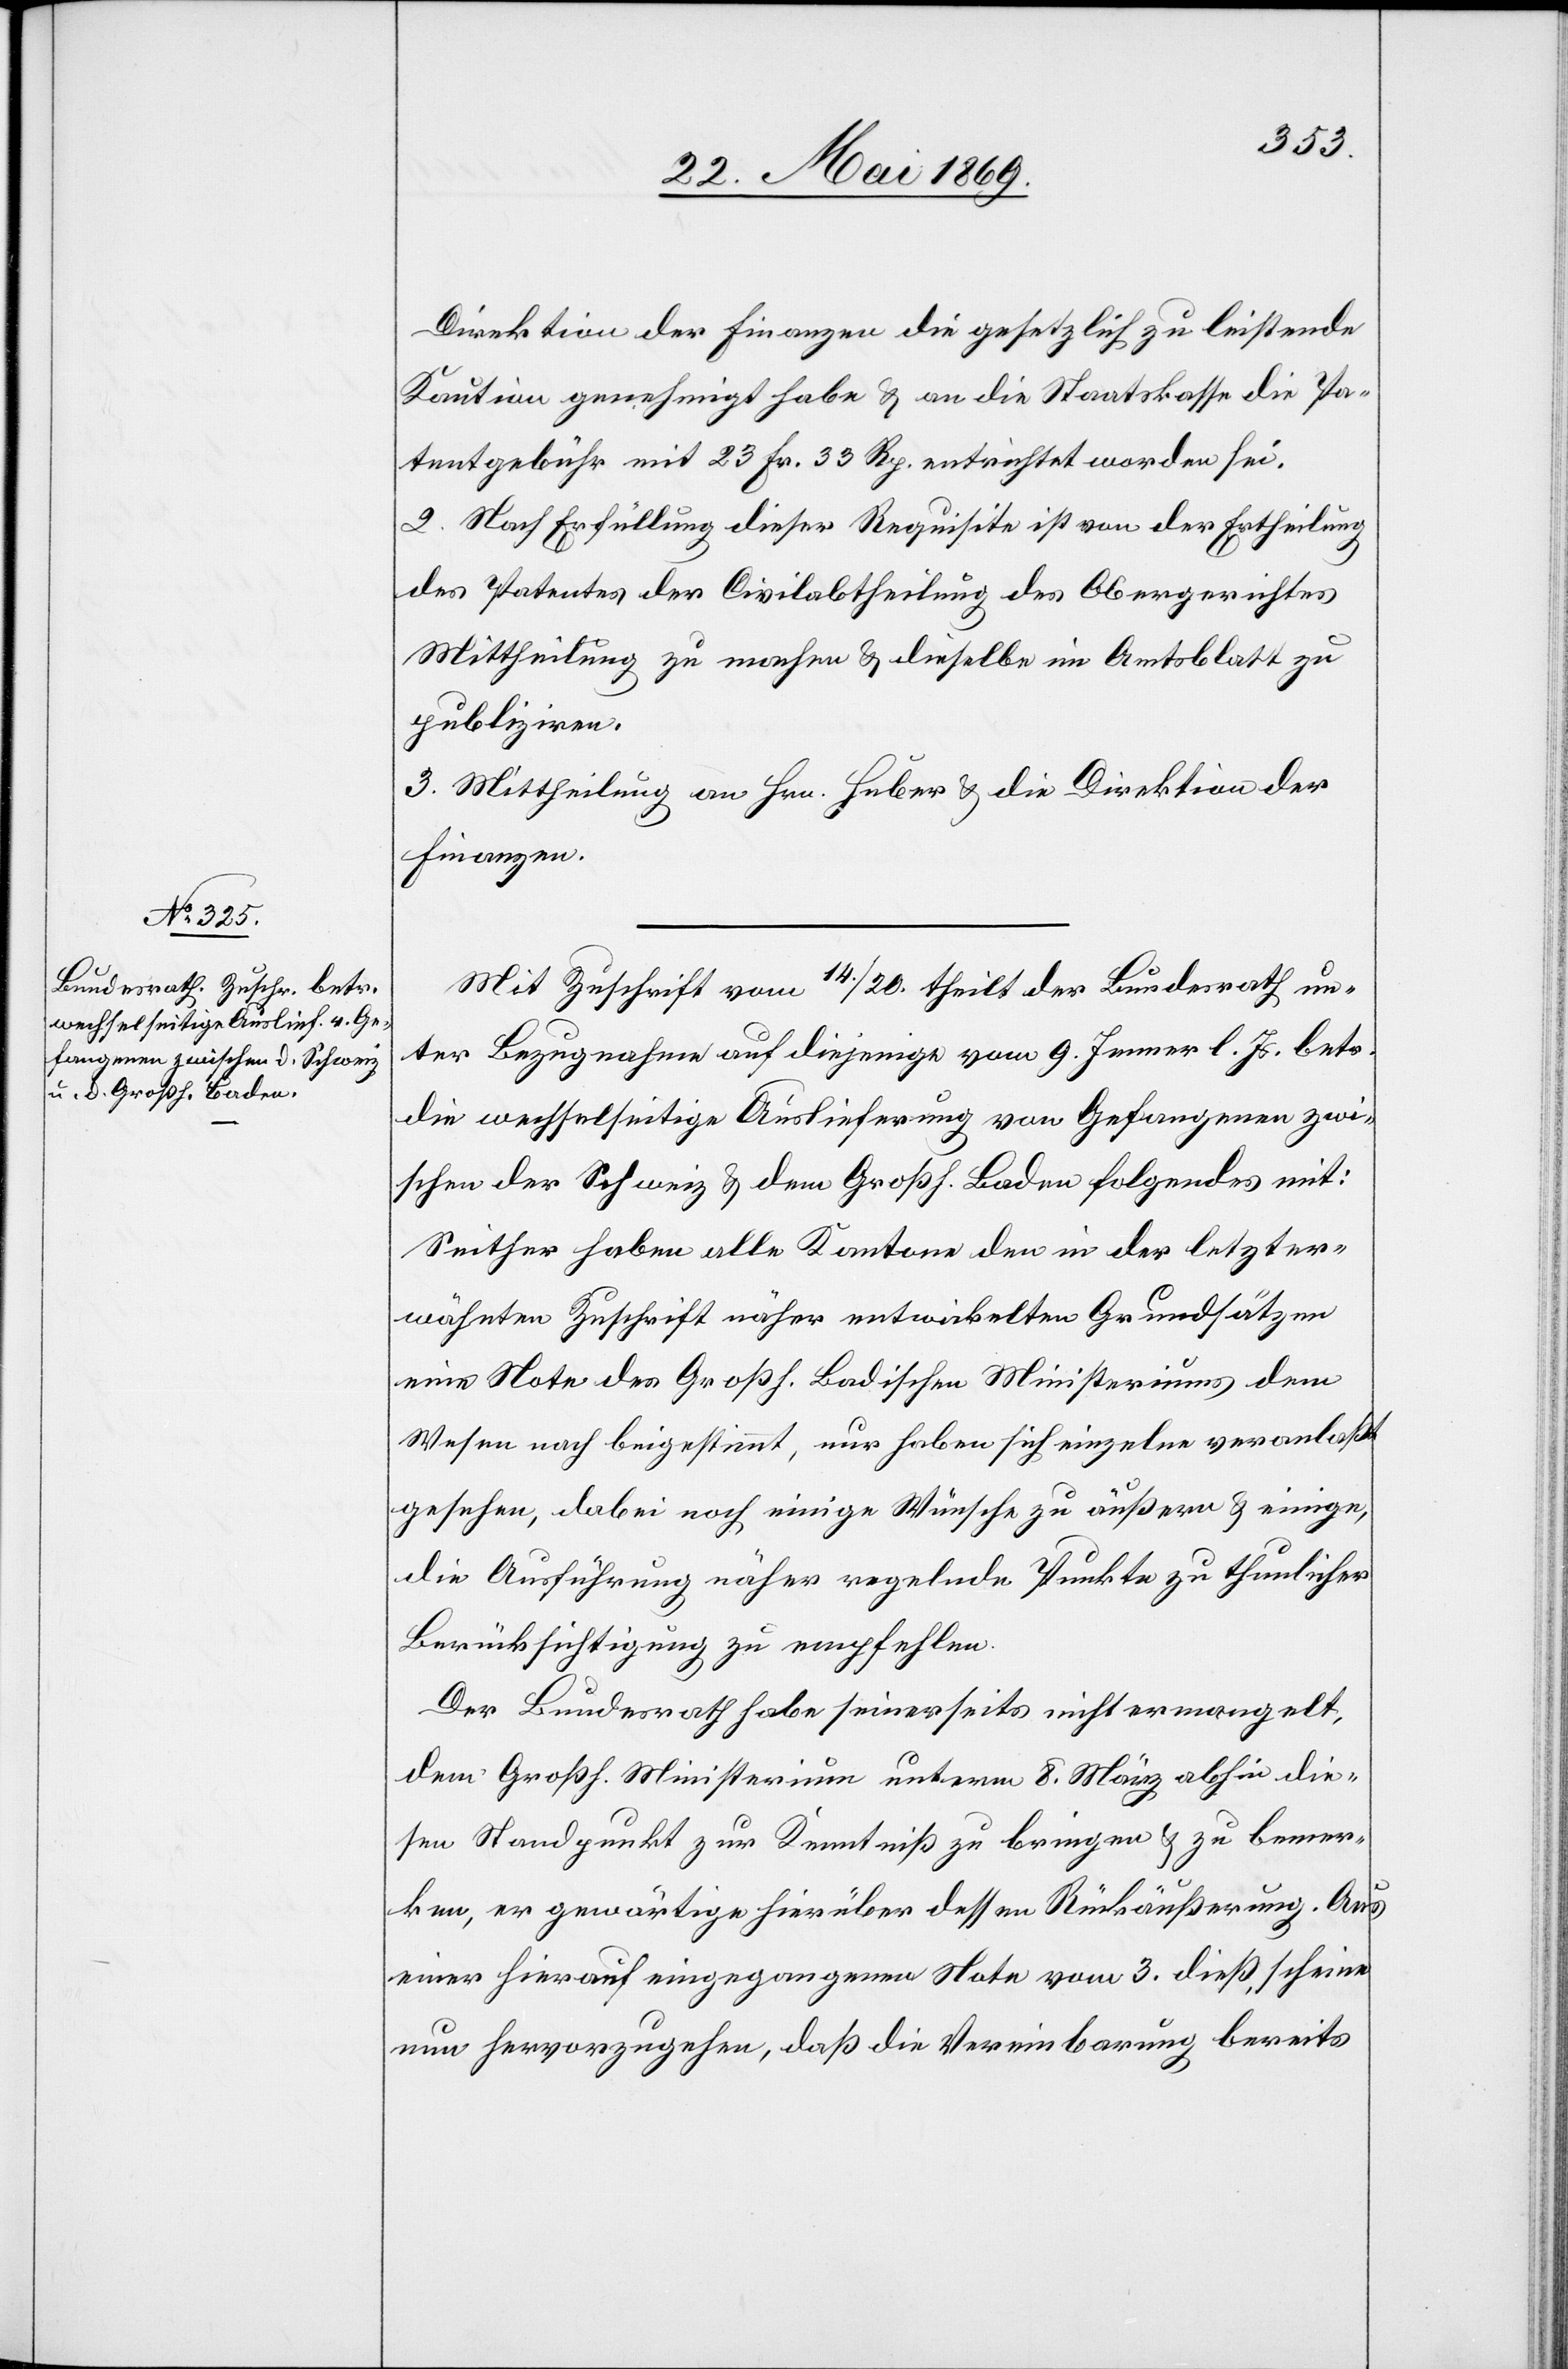
Direktion der Finanzen die gesetzlich zu leistende
Kaution genehmigt habe u. an die Staatskasse die Pa¬
tentgebühr mit 23 Fr. 33 Rp. entrichtet worden sei.
2. Nach Erfüllung dieser Requisite ist von der Ertheilung
des Patentes der Civilabtheilung des Obergerichtes
Mittheilung zu machen u. dieselbe im Amtsblatt zu
publiziren.
3. Mittheilung an Hrn. Huber u. die Direktion der
Finanzen.
Mit Zuschrift vom 14/20 theilt der Bundesrath un¬
ter Bezugnahme auf diejenige vom 9 Jenner l. Js. betr.
die wechselseitige Auslieferung von Gefangenen zwi¬
schen der Schweiz u. dem Großh. Baden folgendes mit:
Seither haben alle Kantone den in der letzter¬
wähnten Zuschrift näher entwickelten Grundsätzen
eine Note des Großh. Badischen Ministeriums dem
Wesen nach beigestimmt, nur haben sich einzelne veranlaßt
gesehen, dabei noch einige Wünsche zu äußern u. einige,
die Ausführung näher regelnde Punkte zu thunlicher
Berücksichtigung zu empfehlen.
Der Bundesrath habe seinerseits nicht ermangelt,
dem Großh. Ministerium unterm 8 März abhin die¬
sen Standpunkt zur Kenntniß zu bringen u. zu bemer¬
ken, er gewärtige hierüber dessen Rückäußerung. Aus
einer hierauf eingegangenen Note vom 3 dieß, scheine
nun hervorzugehen, daß die Vereinbarung bereits